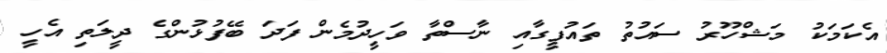
އެކަމަކު މަޝްހޫރު ސައުތު ތައުފީގާއި ނާސްތާ ވަހީދުމެން ފަދަ ބޭފުޅުންގެ ދީލަތި އެހީ